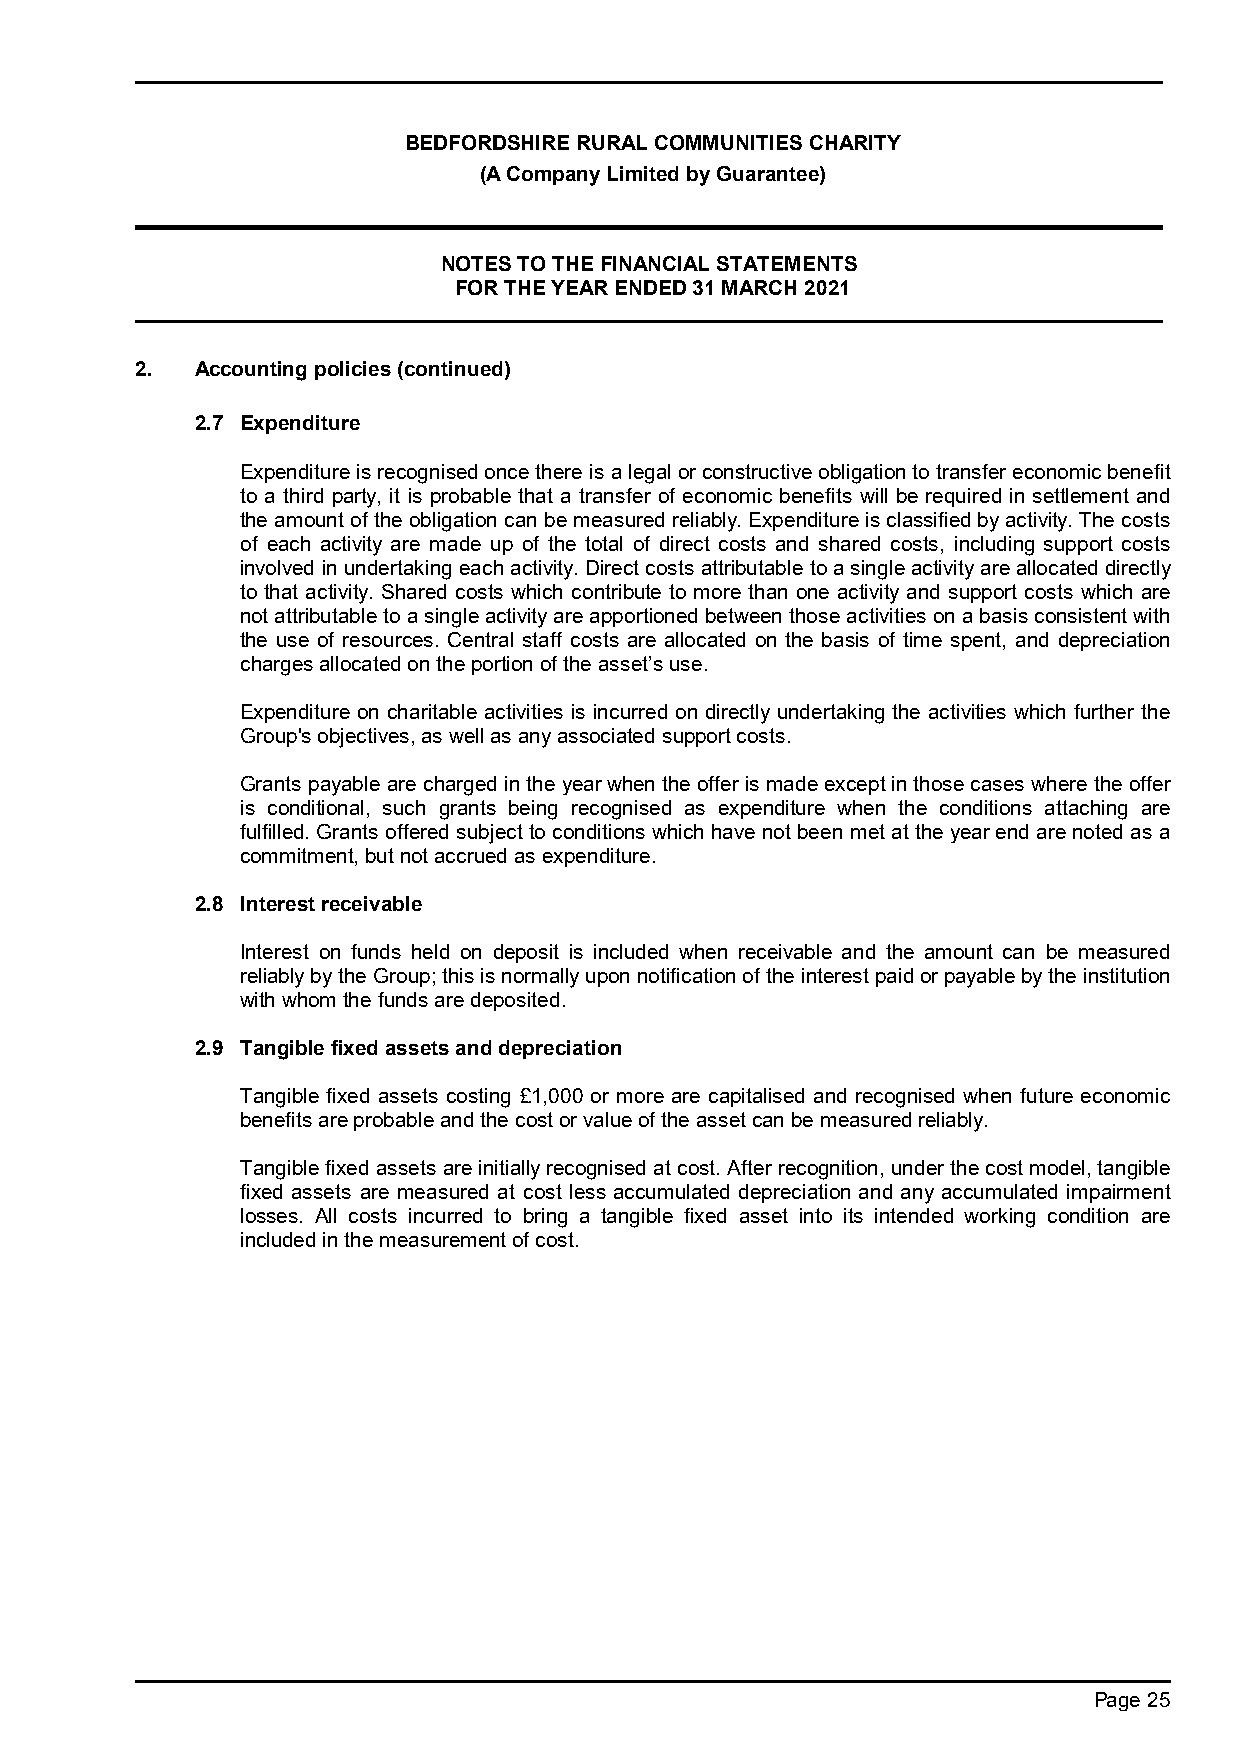
BEDFORDSHIRE RURAL COMMUNITIES CHARITY
 (A Company Limited by Guarantee)
 NOTES TO THE FINANCIAL STATEMENTS
 FOR THE YEAR ENDED 31 MARCH 2021
 2.  Accounting policies (continued)
 2.7 Expenditure
 Expenditure is recognised once there is a legal or constructive obligation to transfer economic benefit
 to a third party, it is probable that a transfer of economic benefits will be required in settlement and
 the amount of the obligation can be measured reliably. Expenditure is classified by activity. The costs
 of each activity are made up of the total of direct costs and shared costs, including support costs
 involved in undertaking each activity. Direct costs attributable to a single activity are allocated directly
 to that activity. Shared costs which contribute to more than one activity and support costs which are
 not attributable to a single activity are apportioned between those activities on a basis consistent with
 the use of resources. Central staff costs are allocated on the basis of time spent, and depreciation
 charges allocated on the portion of the asset’s use.
 Expenditure on charitable activities is incurred on directly undertaking the activities which further the
 Group's objectives, as well as any associated support costs.
 Grants payable are charged in the year when the offer is made except in those cases where the offer
 is conditional, such grants being recognised as expenditure when the conditions attaching are
 fulfilled. Grants offered subject to conditions which have not been met at the year end are noted as a
 commitment, but not accrued as expenditure.
 2.8 Interest receivable
 Interest on funds held on deposit is included when receivable and the amount can be measured
 reliably by the Group; this is normally upon notification of the interest paid or payable by the institution
 with whom the funds are deposited.
 2.9 Tangible fixed assets and depreciation
 Tangible fixed assets costing £1,000 or more are capitalised and recognised when future economic
 benefits are probable and the cost or value of the asset can be measured reliably.
 Tangible fixed assets are initially recognised at cost. After recognition, under the cost model, tangible
 fixed assets are measured at cost less accumulated depreciation and any accumulated impairment
 losses. All costs incurred to bring a tangible fixed asset into its intended working condition are
 included in the measurement of cost.
 Page 25